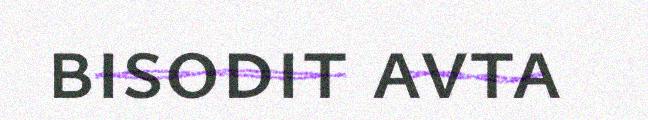
bisodit avta